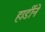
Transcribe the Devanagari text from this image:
हार्डीने